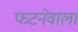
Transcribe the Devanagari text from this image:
फटनेवाला